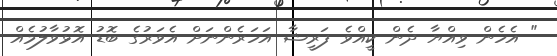
" އެހެން ވިއްޔާ ދެން ކީއްވެ ފަރީޝާ އަހަރެންނަށް އެވަރުގެ ބޮޑު އޮޅުވާލުމެއް